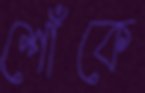
শোঁকে